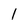
Character: 1